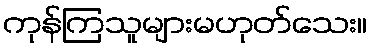
ကုန်ကြသူများမဟုတ်သေး။